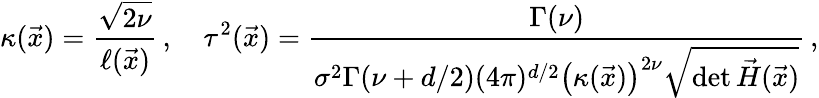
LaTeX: \kappa(\vec{x})=\frac{\sqrt{2\nu}}{\ell(\vec{x})}\, ,\quad\tau^{2}(\vec{x})=\frac{\Gamma(\nu)}{\sigma^{2}\Gamma(\nu+d/2)(4\pi)^{d/2}\left(\kappa(\vec{x})\right)^{2\nu}\sqrt{\operatorname*{det}{\vec{H}(\vec{x})}}}\, ,